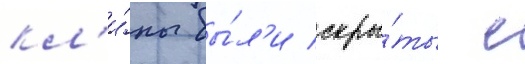
кл'и́пы бы́л'и скры́ты с